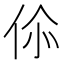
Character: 𬽿